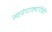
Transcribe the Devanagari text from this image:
स्वयंपाक्यांपैकी